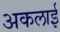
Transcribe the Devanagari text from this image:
अकलाई